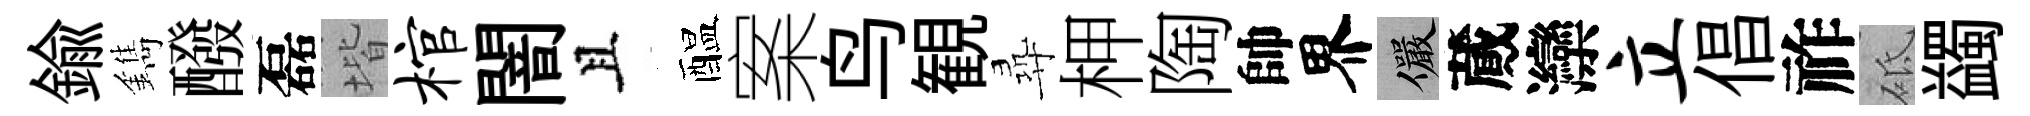
鍮鐫醱磊堦棺闇且醖案鸟観尋柙陶帥界儼蕆灤立倡祚砥蠲